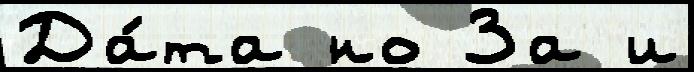
Да́та но За и